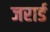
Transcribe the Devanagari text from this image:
जरार्ड